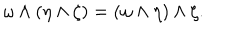
\omega \wedge ( \eta \wedge \zeta ) = ( \omega \wedge \eta ) \wedge \zeta .